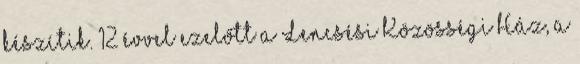
készítik. 12 évvel ezelőtt a Lencsési Közösségi Ház, a